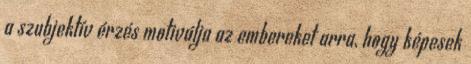
a szubjektív érzés motiválja az embereket arra, hogy képesek